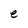
Character: e